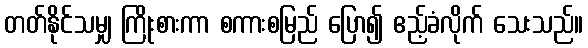
တတ်နိုင်သမျှ ကြိုးစားကာ စကားစမြည် ပြော၍ ဧည့်ခံလိုက် သေးသည်။